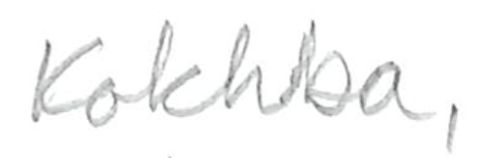
Text: Kokhba,
Cross-out: clean
Writing tool: pencil